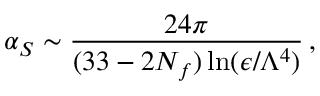
\alpha _ { S } \sim { \frac { 2 4 \pi } { ( 3 3 - 2 N _ { f } ) \ln ( \epsilon / \Lambda ^ { 4 } ) } } \, ,